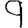
Digit: 9